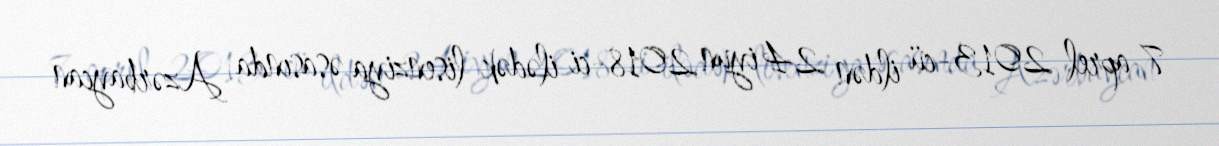
7 aprel 2013-cü ildən 24 iyun 2018-ci ilədək lisenziya əsasında Azərbaycan